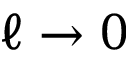
\ell \to 0